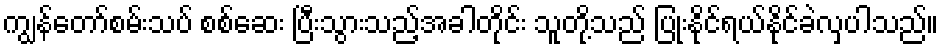
ကျွန်တော်စမ်းသပ် စစ်ဆေး ပြီးသွားသည့်အခါတိုင်း သူတို့သည် ပြုံးနိုင်ရယ်နိုင်ခဲလှပါသည်။